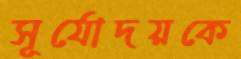
সূর্যোদয়কে